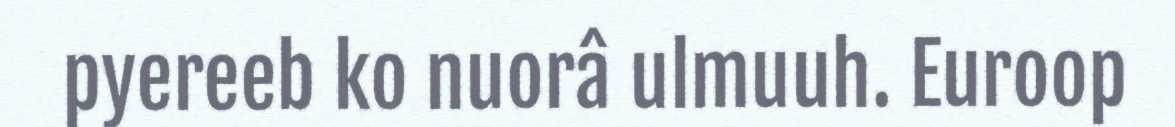
pyereeb ko nuorâ ulmuuh. Euroop